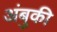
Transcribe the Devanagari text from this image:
अंबुकी